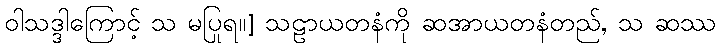
ဝါသဒ္ဒါကြောင့် သ မပြုရ။] သဠာယတနံကို ဆအာယတနံတည်, သ ဆဿ